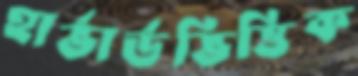
হার্ভার্ডভিত্তিক